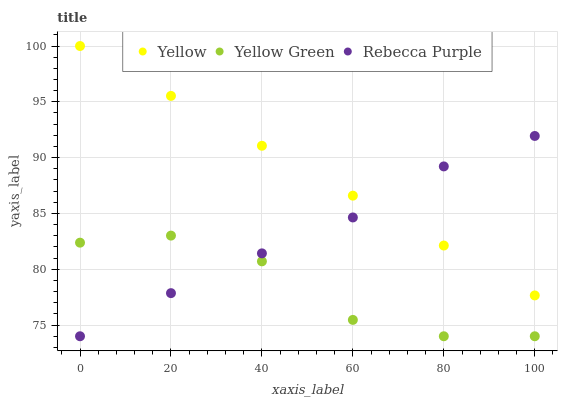
| xaxis_label | Yellow | Yellow Green | Rebecca Purple |
 | --- | --- | --- | --- |
 | 0 | 100 | 82.4 | 74 |
 | 20 | 95.5 | 83 | 77.9 |
 | 40 | 91.1 | 80.7 | 81.4 |
 | 60 | 86.6 | 75.5 | 84.6 |
 | 80 | 82.1 | 74 | 89.2 |
 | 100 | 77.7 | 74 | 91.9 |